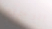
الرجل